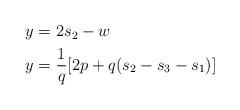
LaTeX: \begin{align*}\begin{aligned}y& = 2s_2 - w \\y& = \frac{1} {q} [ 2p + q ( s_2 - s_3 - s_1 ) ] \\\end{aligned}\end{align*}